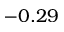
- 0 . 2 9